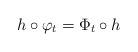
LaTeX: \begin{align*}h\circ \varphi_t= \Phi_t\circ h\quad\end{align*}